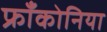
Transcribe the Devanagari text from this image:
फ्रॉंकोनिया